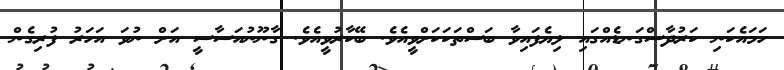
ހަަމައެކަނި ކަރުދާސްގަނޑެއްގައި ލިޔެފައިވާ ބަސްތަކަކަށްވީއެވެ. ބޭކާރުވީއެވެ. ގާނޫނުއަސާސީ އަށް ނުވަ އަހަރު ފުރިގެން